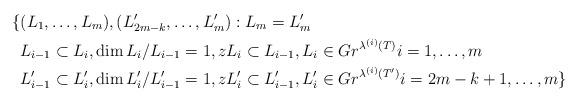
LaTeX: \begin{align*}\{ &(L_1, \dots, L_m), (L'_{2m-k}, \dots, L'_m): L_m = L_m' \\& L_{i-1} \subset L_i, \dim L_i/L_{i-1} = 1, zL_i \subset L_{i-1}, L_i \in Gr^{\lambda^{(i)}(T)} i = 1, \dots ,m \\& L_{i-1}' \subset L'_i, \dim L'_i/L'_{i-1}=1, zL'_i \subset L'_{i-1}, L'_i \in Gr^{\lambda^{(i)}(T')} i = 2m-k+1, \dots, m \}\end{align*}